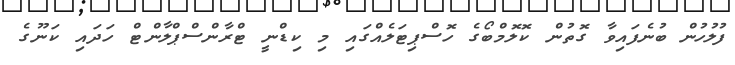
ފުލުހުން ބުނެފައިވާ ގޮތުން ކޮލޮމްބޯގެ ހޮސްޕިޓަލެއްގައި މި ކިޑްނީ ޓްރާންސްޕްލާންޓް ހަދައި ކަނޫގެ